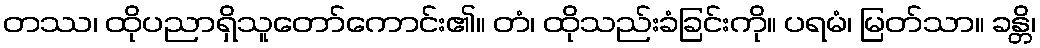
တဿ၊ ထိုပညာရှိသူတော်ကောင်း၏။ တံ၊ ထိုသည်းခံခြင်းကို။ ပရမံ၊ မြတ်သာ။ ခန္တိ၊